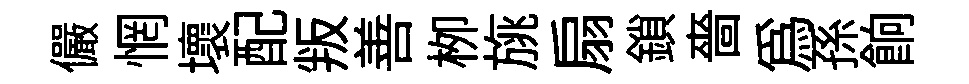
儼惘壞配叛善栁旐扇鎖嗇為孫餉